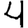
Digit: 4